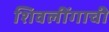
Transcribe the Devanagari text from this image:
शिवलींगाची